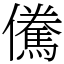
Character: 儯